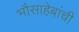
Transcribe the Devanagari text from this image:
भौसाहेबांची